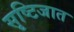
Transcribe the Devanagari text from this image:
सृष्टिजात